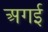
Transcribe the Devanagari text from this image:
अगई